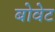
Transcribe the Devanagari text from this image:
बोवेट